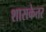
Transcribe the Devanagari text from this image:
शासकेतर